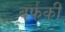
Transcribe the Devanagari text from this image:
बर्फकी